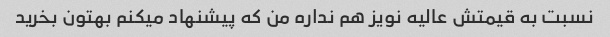
نسبت به قیمتش عالیه نویز هم نداره من که پیشنهاد میکنم بهتون بخرید